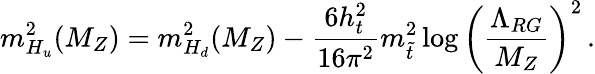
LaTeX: m_{H_{u}}^{2}(M_{Z})=m_{H_{d}}^{2}(M_{Z})-\frac{6h_{t}^{2}}{16\pi^{2}}m_{\tilde{t}}^{2}\log\left(\frac{\Lambda_{RG}}{M_{Z}}\right)^{2}\, .